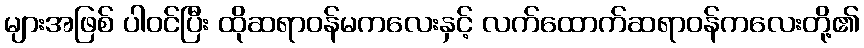
များအဖြစ် ပါဝင်ပြီး ထိုဆရာဝန်မကလေးနှင့် လက်ထောက်ဆရာဝန်ကလေးတို့၏